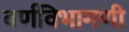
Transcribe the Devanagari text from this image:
वर्णविभागणी